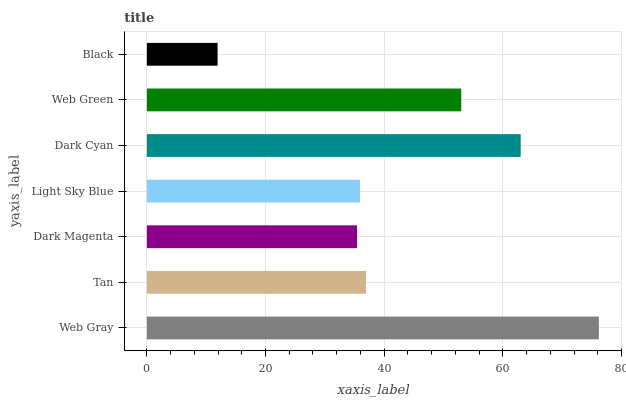
| yaxis_label | bars |
 | --- | --- |
 | Web Gray | 76.2 |
 | Tan | 37 |
 | Dark Magenta | 35.4 |
 | Light Sky Blue | 35.9 |
 | Dark Cyan | 63 |
 | Web Green | 53 |
 | Black | 11.9 |